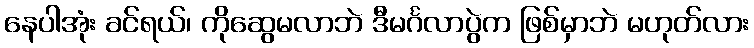
နေပါအုံး ခင်ရယ်၊ ကိုဆွေမလာဘဲ ဒီမင်္ဂလာပွဲက ဖြစ်မှာဘဲ မဟုတ်လား